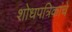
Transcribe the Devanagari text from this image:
शोधपत्रिकांचे